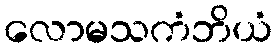
လောမသကံဘိယံ